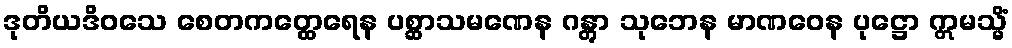
ဒုတိယဒိဝသေ စေတကတ္ထေရေန ပစ္ဆာသမဏေန ဂန္တွာ သုဘေန မာဏဝေန ပုဋ္ဌော ဣမသ္မိံ